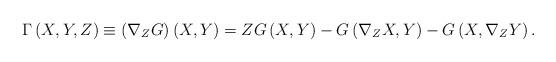
LaTeX: \begin{align*}\Gamma \left( X,Y,Z\right) \equiv \left( \nabla _{Z}G\right) \left(X,Y\right) =ZG\left( X,Y\right) -G\left( \nabla _{Z}X,Y\right) -G\left(X,\nabla _{Z}Y\right) . \end{align*}